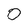
Character: 0